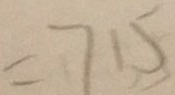
= 7 1 5